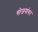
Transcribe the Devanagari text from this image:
योजनांवर